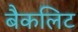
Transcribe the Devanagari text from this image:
बैकलिट